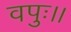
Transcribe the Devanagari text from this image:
वपुः।।